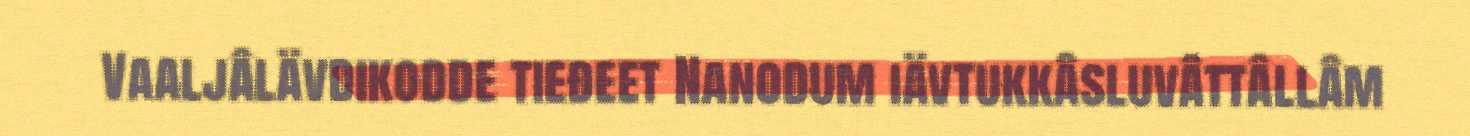
Vaaljâlävdikodde tieđeet Nanodum iävtukkâsluvâttâllâm